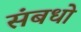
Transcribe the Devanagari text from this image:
संबधो